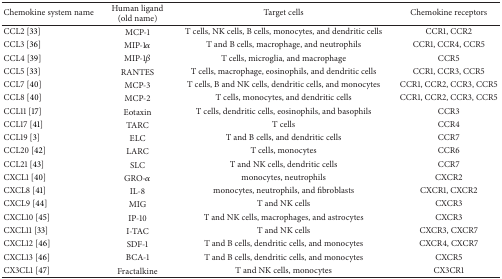
| Chemokine system name | Human ligand (old name) | Target cells | Chemokine receptors |
 | --- | --- | --- | --- |
 | CCL2 [33] | MCP-1 | T cells, NK cells, B cells, monocytes, and dendritic cells | CCR1, CCR2 |
 | CCL3 [36] | MIP-1α | T and B cells, macrophage, and neutrophils | CCR1, CCR4, CCR5 |
 | CCL4 [39] | MIP-1β | T cells, microglia, and macrophage | CCR5 |
 | CCL5 [33] | RANTES | T cells, macrophage, eosinophils, and dendritic cells | CCR1, CCR3, CCR5 |
 | CCL7 [40] | MCP-3 | T cells, B and NK cells, dendritic cells, and monocytes | CCR1, CCR2, CCR3, CCR5 |
 | CCL8 [40] | MCP-2 | T cells, monocytes, and dendritic cells | CCR1, CCR2, CCR3, CCR5 |
 | CCL11 [17] | Eotaxin | T cells, dendritic cells, eosinophils, and basophils | CCR3 |
 | CCL17 [41] | TARC | T cells | CCR4 |
 | CCL19 [3] | ELC | T and B cells, and dendritic cells | CCR7 |
 | CCL20 [42] | LARC | T cells, monocytes | CCR6 |
 | CCL21 [43] | SLC | T and NK cells, dendritic cells | CCR7 |
 | CXCL1 [40] | GRO-α | monocytes, neutrophils | CXCR2 |
 | CXCL8 [41] | IL-8 | monocytes, neutrophils, and fibroblasts | CXCR1, CXCR2 |
 | CXCL9 [44] | MIG | T and NK cells | CXCR3 |
 | CXCL10 [45] | IP-10 | T and NK cells, macrophages, and astrocytes | CXCR3 |
 | CXCL11 [33] | I-TAC | T and NK cells | CXCR3, CXCR7 |
 | CXCL12 [46] | SDF-1 | T and B cells, dendritic cells, and monocytes | CXCR4, CXCR7 |
 | CXCL13 [46] | BCA-1 | T and B cells, dendritic cells, and monocytes | CXCR5 |
 | CX3CL1 [47] | Fractalkine | T and NK cells, monocytes | CX3CR1 |